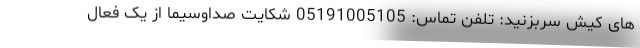
های کیش سربزنید: تلفن تماس: 05191005105 شکایت صداوسیما از یک فعال